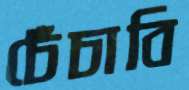
চেঁচাবি